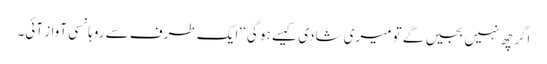
اگر چھ نہیں بجیں گے تو میری شادی کیسے ہو گی‘‘ ایک طرف سے روہانسی آواز آئی۔